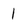
Character: 1